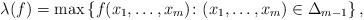
LaTeX: \begin{align*}\lambda(f) = \max\left\{f(x_1,\ldots,x_m)\colon (x_1,\ldots,x_m)\in \Delta_{m-1}\right\}, \end{align*}